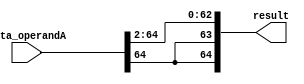
module sra_2_65(result, data_operandA);
	input [64:0] data_operandA;
	wire [64:0] temp;
	wire sign;
	output [64:0] result;


	assign sign = data_operandA[64];

	genvar i;
  	generate
    	for (i = 0 ; i < 63; i = i+1)
    	begin : gen_loop
        	assign temp[i] = data_operandA[i+2];
    	end
  	endgenerate


	assign temp[63] = sign;
	assign temp[64] = sign;

	assign result = temp;


endmodule